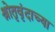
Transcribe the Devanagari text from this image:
श्रोतृवृंदाच्या